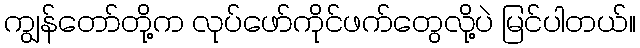
ကျွန်တော်တို့က လုပ်ဖော်ကိုင်ဖက်တွေလို့ပဲ မြင်ပါတယ်။